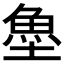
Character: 𩵘